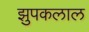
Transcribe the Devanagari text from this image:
झुपकलाल